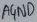
Text: AGND